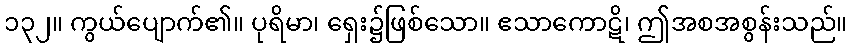
၁၃၂။ ကွယ်ပျောက်၏။ ပုရိမာ၊ ရှေး၌ဖြစ်သော။ ဧသာကောဋိ၊ ဤအစအစွန်းသည်။